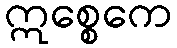
ဣစ္စေကေ